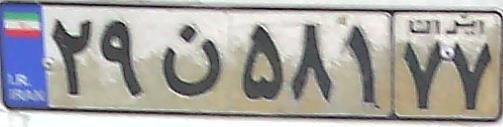
۲۹ن۵۸۱۷۷